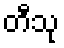
တီသု